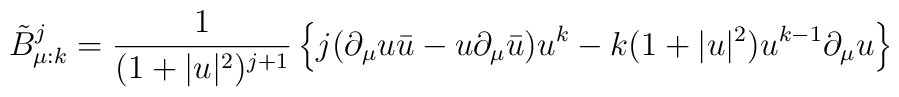
\tilde{B}_{\mu :k}^j=\frac{1}{(1+|u|^2)^{j+1}}    \left\{     j(\partial_{\mu}u\bar{u}-u\partial_{\mu}\bar{u})u^k     -k(1+|u|^2)u^{k-1}\partial_{\mu}u    \right\}